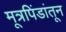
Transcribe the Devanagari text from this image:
मूत्रपिंडांतून